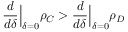
\frac { d } { d \delta } \Big \vert _ { \delta = 0 } \rho _ { C } > \frac { d } { d \delta } \Big \vert _ { \delta = 0 } \rho _ { D }